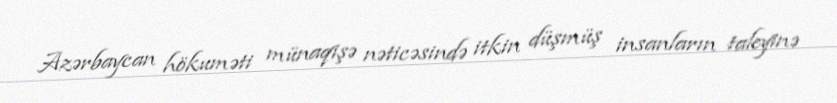
Azərbaycan hökuməti münaqişə nəticəsində itkin düşmüş insanların taleyinə